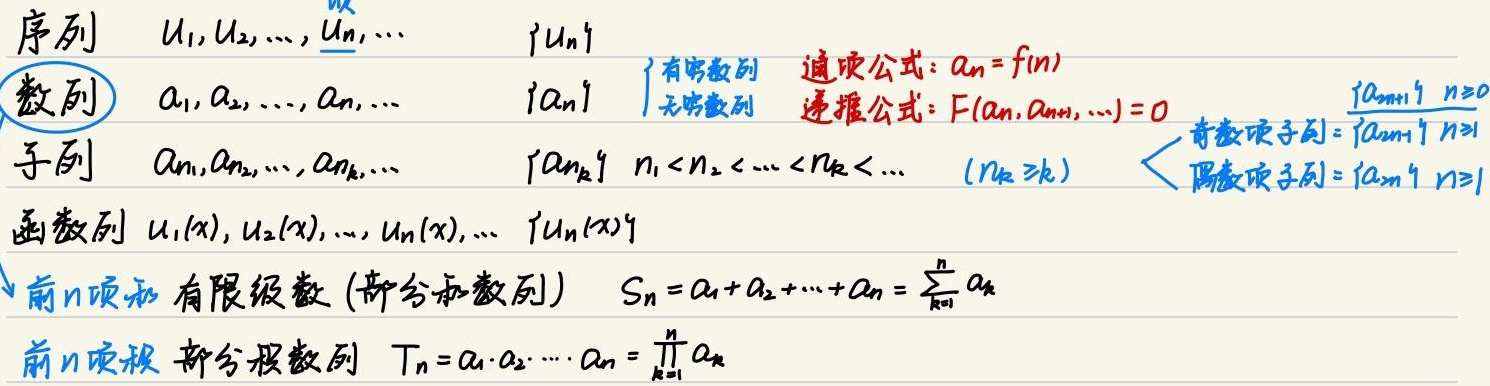
序列\(u_{1},u_{2},\cdots,u_{n},\cdots\)，记为\(\{u_{n}\}\)。
数列\(a_{1},a_{2},\cdots,a_{n},\cdots\)，记为\(\{a_{n}\}\)。
\[
\begin{cases}
\text{有穷数列}&\text{通项公式：}a_{n}=f(n)\\
\text{无穷数列}&\text{递推公式：}F(a_{n},a_{n + 1},\cdots)=0
\end{cases}
\]
子列\(a_{n_{1}},a_{n_{2}},\cdots,a_{n_{k}},\cdots\)，记为\(\{a_{n_{k}}\}\)，其中\(n_{1}<n_{2}<\cdots <n_{k}<\cdots\)且\((n_{k}\geq k)\)。
\[
\begin{cases}
\text{奇数项子列}=\{a_{2n - 1}\} &n\geq1\\
\text{偶数项子列}=\{a_{2n}\} &n\geq1
\end{cases}
\]
函数列\(u_{1}(x),u_{2}(x),\cdots,u_{n}(x),\cdots\)，记为\(\{u_{n}(x)\}\)。

前\(n\)项和（有限级数，部分和数列）：\(S_{n}=a_{1}+a_{2}+\cdots +a_{n}=\sum_{k = 1}^{n}a_{k}\)。

前\(n\)项积（部分积数列）：\(T_{n}=a_{1}\cdot a_{2}\cdots\cdot a_{n}=\prod_{k = 1}^{n}a_{k}\)。